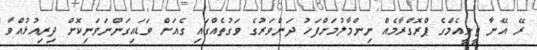
ރޭ އޭނާ ޓީވީއެމްގެ ޕްރޮގްރާމެއް ނިންމާލުމަށްފަހު ދަންވަރުގެ ވަގުތެއްގައި ގެއަށް ވަޑައިގަންނަވަނިކޮށް ދިރިއުޅުއްވާ